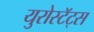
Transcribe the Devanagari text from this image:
युरोस्टॅट्स